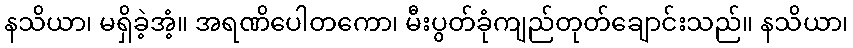
နသိယာ၊ မရှိခဲ့အံ့။ အရဏိပေါတကော၊ မီးပွတ်ခုံကျည်တုတ်ချောင်းသည်။ နသိယာ၊